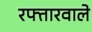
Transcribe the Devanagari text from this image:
रफ्तारवाले